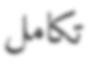
تكامل